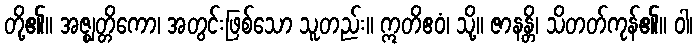
တို့၏။ အဇ္ဈတ္တိကော၊ အတွင်းဖြစ်သော သူတည်း။ ဣတိဧဝံ၊ သို့။ ဇာနန္တိ၊ သိတတ်ကုန်၏။ ဝါ၊